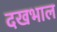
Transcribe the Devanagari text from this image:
दखभाल